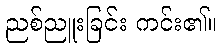
ညစ်ညူးခြင်း ကင်း၏။